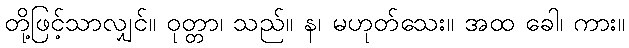
တို့ဖြင့်သာလျှင်။ ဝုတ္တာ၊ သည်။ န၊ မဟုတ်သေး။ အထ ခေါ၊ ကား။